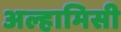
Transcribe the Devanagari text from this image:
अल्हामिसी